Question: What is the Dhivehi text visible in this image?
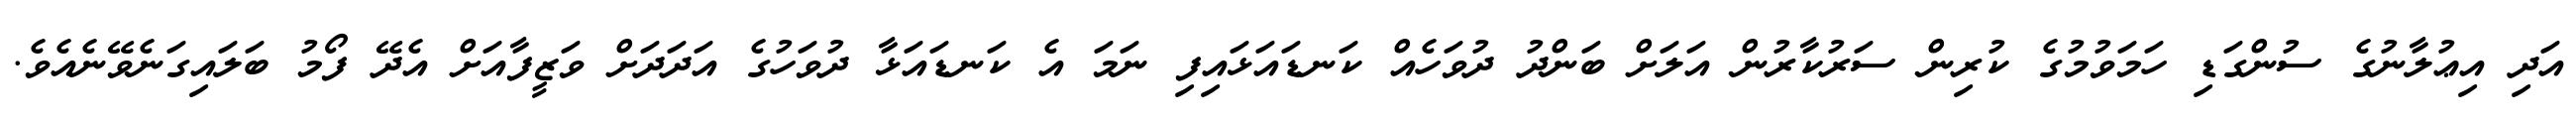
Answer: އަދި އިޢުލާނުގެ ސުންގަޑި ހަމަވުމުގެ ކުރިން ސަރުކާރުން އަލަށް ބަންދު ދުވަހެއް ކަނޑައަޅައިފި ނަމަ އެ ކަނޑައަޅާ ދުވަހުގެ އަދަދަށް ވަޒީފާއަށް އެދޭ ފޯމު ބަލައިގަނެވޭނެއެވެ.